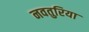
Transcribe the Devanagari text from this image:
नवतुरिया